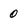
Character: 0